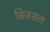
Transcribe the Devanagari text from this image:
बिजसल